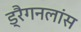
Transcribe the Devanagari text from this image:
ड्रैगनलांस